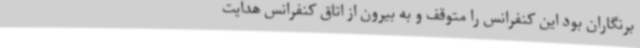
برنگاران بود این کنفرانس را متوقف و به بیرون از اتاق کنفرانس هدایت